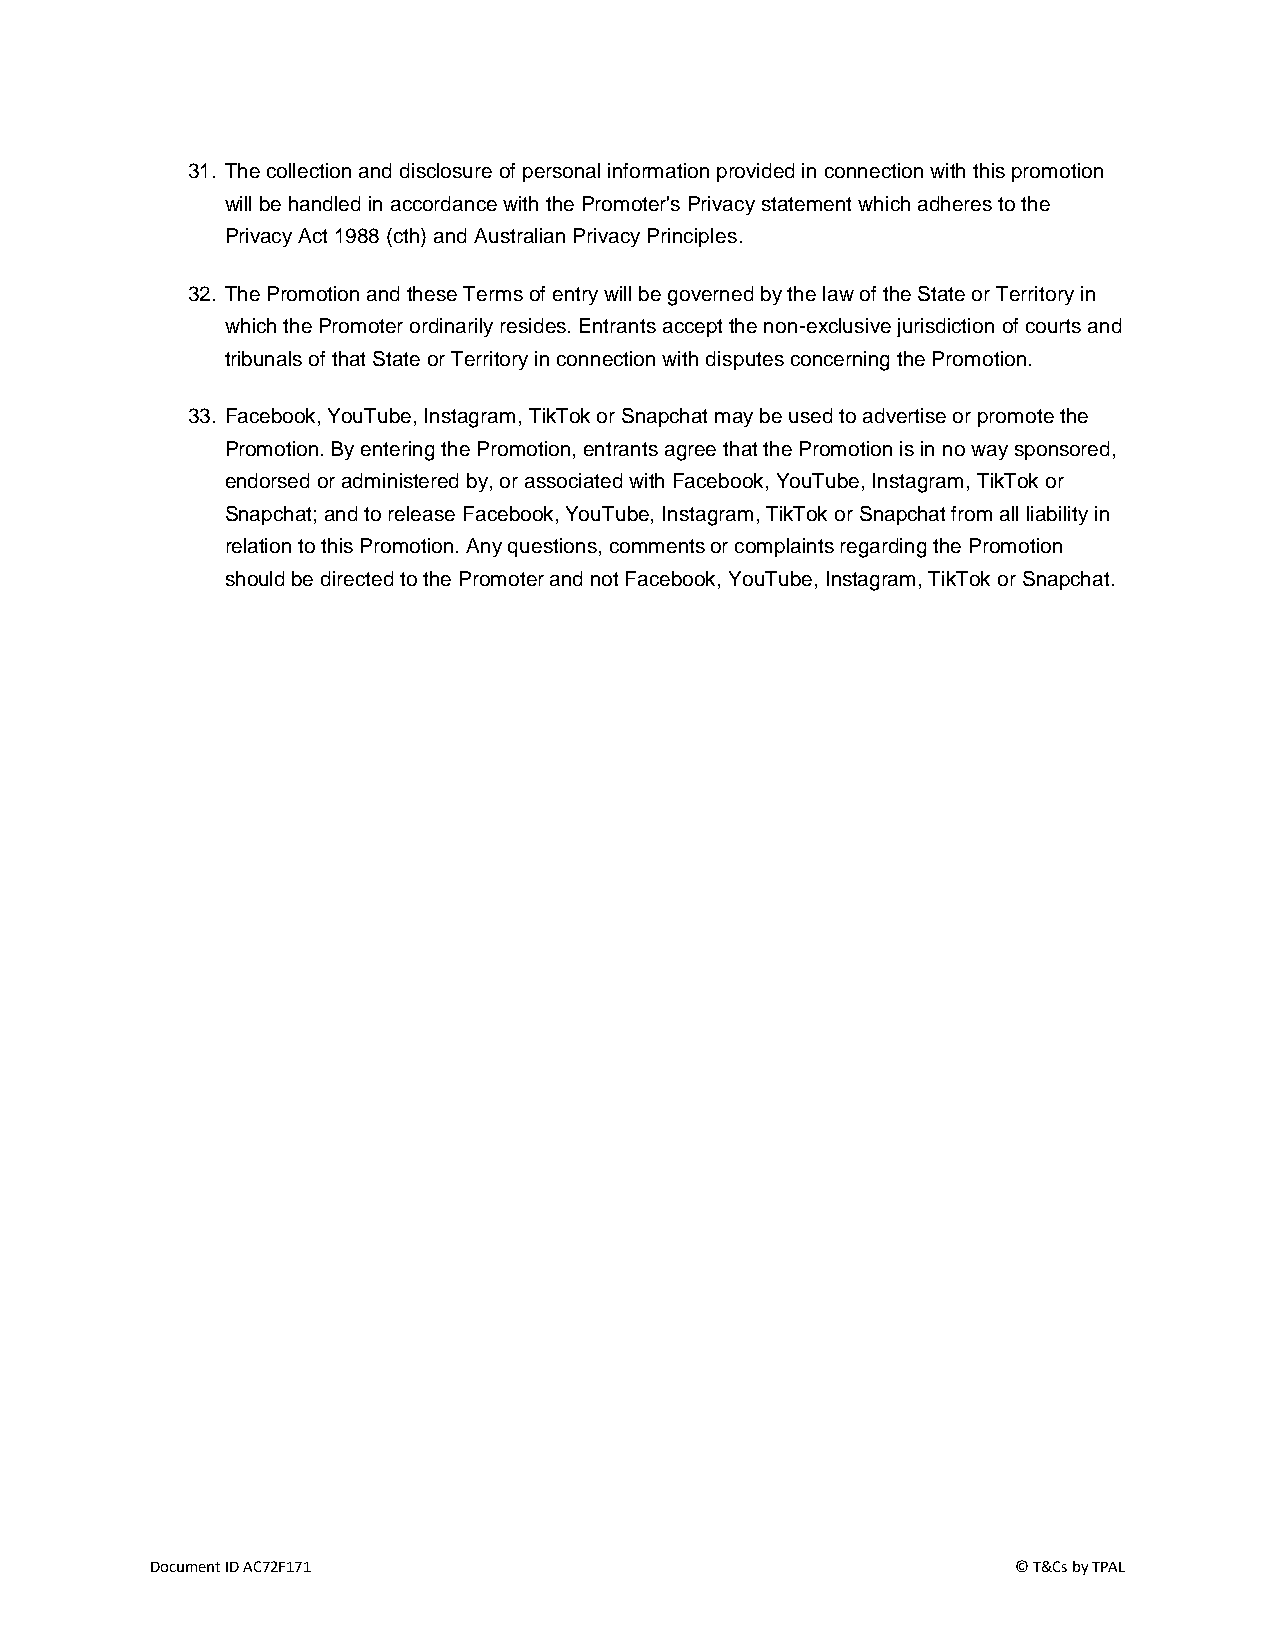
31. The collection and disclosure of personal information provided in connection with this promotion
 will be handled in accordance with the Promoter's Privacy statement which adheres to the
 Privacy Act 1988 (cth) and Australian Privacy Principles.
 32. The Promotion and these Terms of entry will be governed by the law of the State or Territory in
 which the Promoter ordinarily resides. Entrants accept the non-exclusive jurisdiction of courts and
 tribunals of that State or Territory in connection with disputes concerning the Promotion.
 33. Facebook, YouTube, Instagram, TikTok or Snapchat may be used to advertise or promote the
 Promotion. By entering the Promotion, entrants agree that the Promotion is in no way sponsored,
 endorsed or administered by, or associated with Facebook, YouTube, Instagram, TikTok or
 Snapchat; and to release Facebook, YouTube, Instagram, TikTok or Snapchat from all liability in
 relation to this Promotion. Any questions, comments or complaints regarding the Promotion
 should be directed to the Promoter and not Facebook, YouTube, Instagram, TikTok or Snapchat.
 Document ID AC72F171                                     © T&Cs by TPAL